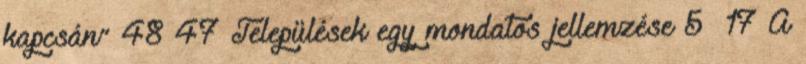
kapcsán” 48 47 Települések egy mondatos jellemzése 5 17 A